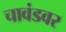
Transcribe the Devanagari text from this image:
चावंडवर